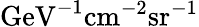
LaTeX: \mathrm{GeV^{-1}cm^{-2}sr^{-1}}